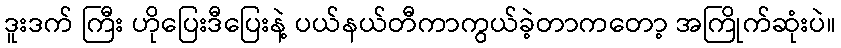
ဒူးဒက် ကြီး ဟိုပြေးဒီပြေးနဲ့ ပယ်နယ်တီကာကွယ်ခဲ့တာကတော့ အကြိုက်ဆုံးပဲ။